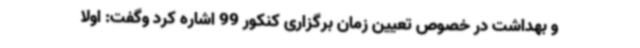
و بهداشت در خصوص تعیین زمان برگزاری کنکور 99 اشاره کرد وگفت: اولا